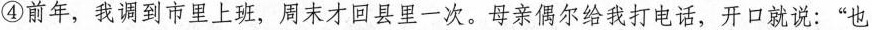
④前年，我调到市里上班，周末才回县里一次。母亲偶尔给我打电话，开口就说：”也